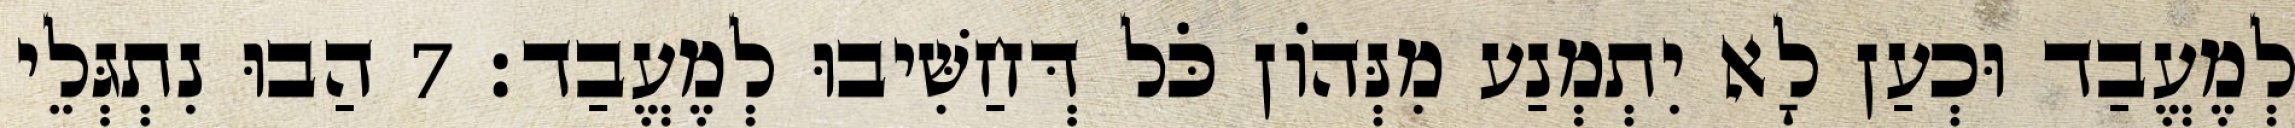
לְמֶעֱבַד וּכְעַן לָא יִתְמְנַע מִנְּהוֹן כֹּל דְּחַשִּׁיבוּ לְמֶעֱבַד׃ 7 הַבוּ נִתְגְּלֵי